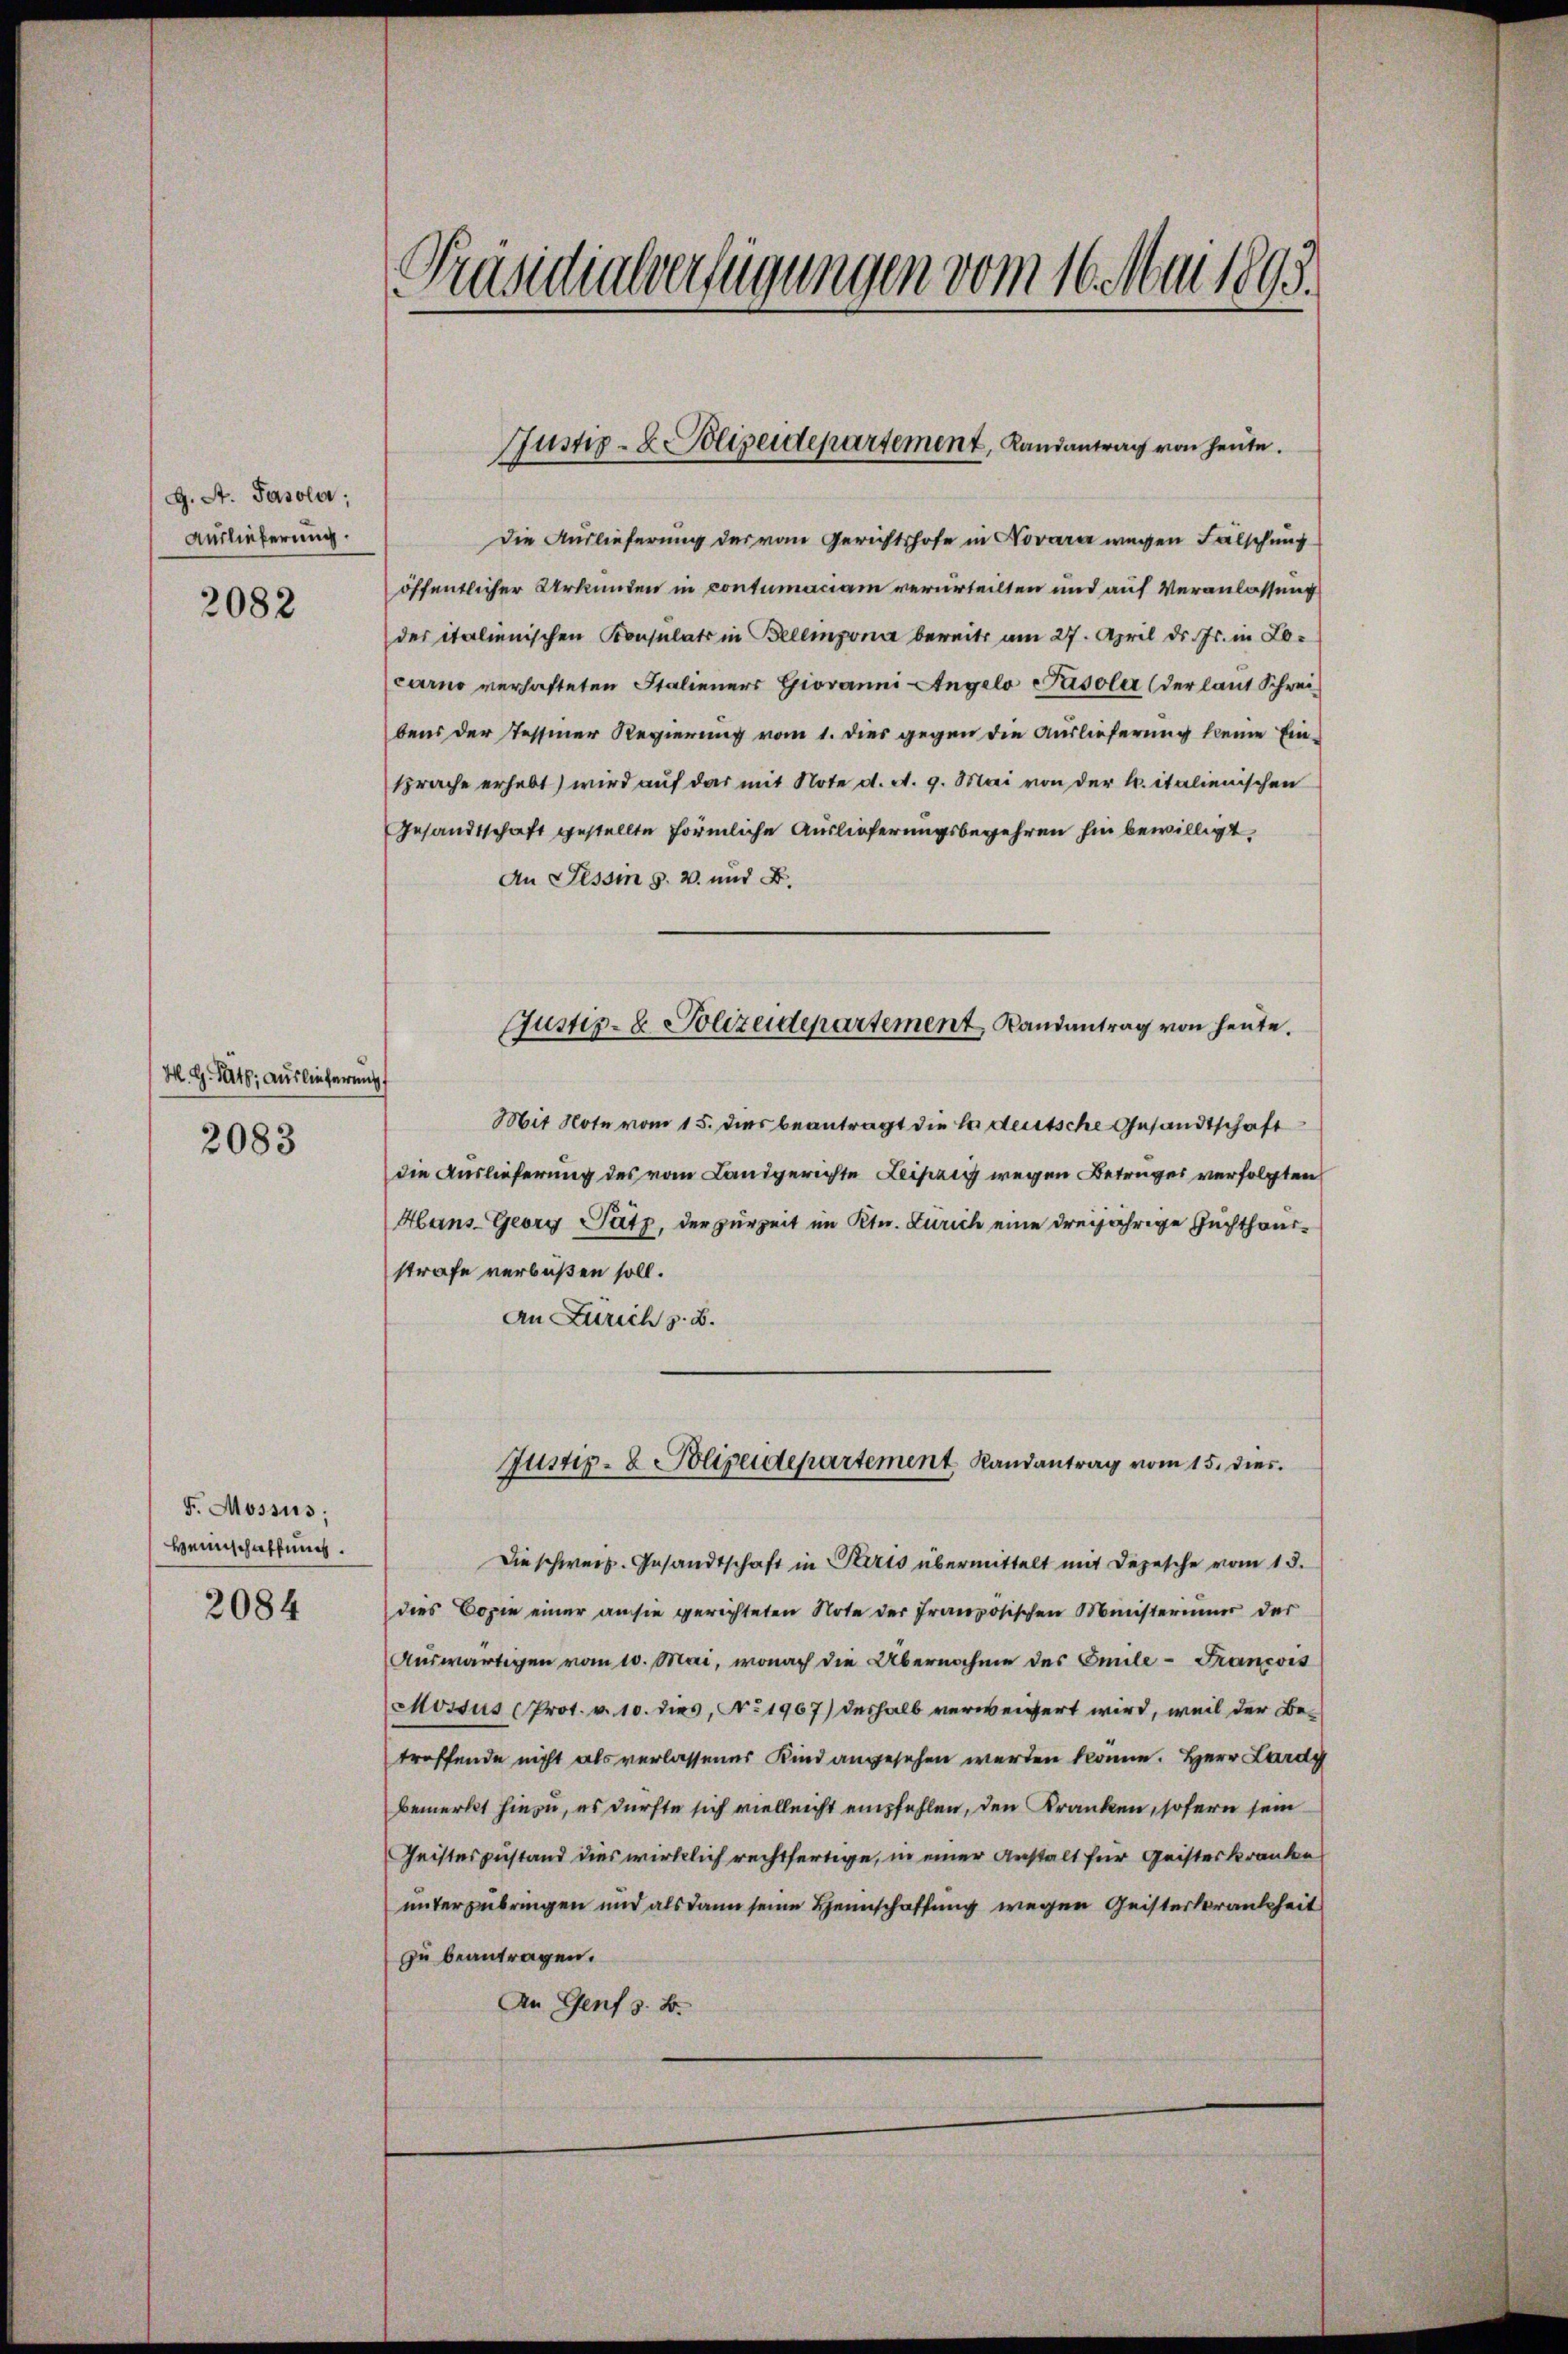
G. A. Pasola;
Auslieferung.
2082

M. G. Satz. Auslieferung
2083

F. Mossus;
Heimschaffung.

2084

Präsidialverfügungen vom 16. Mai 1895.

Justiz- & Polizeidepartement, Landantrag von heute.

Justiz- & Polizeidepartement, Landantrag von heute.

Die Auslieferung der von Gerichtshofe in Novara wegen Fälschung
öffentlicher Urkunden in contumaciam verurteilten und auf Veranlassung
der italienischen Konsulats in Bellinzona bereits am 27. April d. Js. in Locarno verhafteten Stalieners Giovanni Angelo Pasoler (der laut Schreibens der Tessiner Regierung vom 1. dies gegen die Auslieferung keine Einsprache erhebt) wird auf das mit Note d. d. 9. Mai von der kr. italienischen
Gesandtschaft gestellte förmliche Auslieferungsbegehren hin bewilligt,
An Tessin s. w. und B
Mit Note vom 15. dies beantragt die le deutsche Gesandtschaft
die Auslieferung des vom Landgerichte Leipzig wegen Betruges verfolgten
Hans-Georg Satz, der zurzeit im Kt. Zürich eine dreijährige Zuchthandstrafe verlaßen soll.
An Zürich z. B.
Justiz- & Polizeidepartement Randantrag vom 15. dies
Die schweiz. Gesandtschaft in Paris übermittelt mit Depesche vom 13.
dies Copie einer an sie gerichteten Note der Französischen Ministerium der
Auswärtigen vom 10. Mai, wonach die Übernahme des Emile - Francois
Mossus (Prot. v. 10. dies, No 1967) deshalb verweigert wird, weil der Betroffende nicht als verlassener Kind angesehen werden könne. Herr Lardy
bemerkt hinzu, es dürfte sich vielleicht empfehlen, den Kranken, sofern sein
Geisteszustand dies wirklich rechtfertige, in einer Anstalt für Geisteskranken
unterzubringen und als dann seine Heimschaffung wegen Geisterkrankheit
zu beantragen.
An Genf z. B.